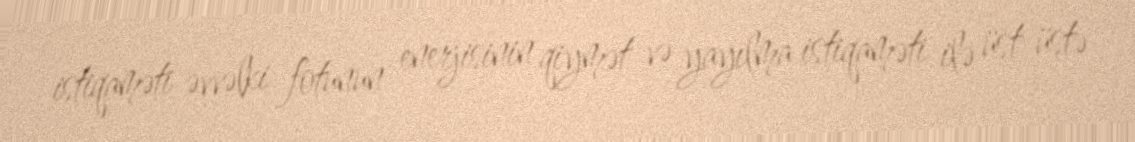
istiqaməti əvvəlki fotunun enerjisinin qiymət və yayılma istiqaməti ilə üst‐üstə